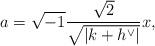
LaTeX: \begin{align*}a=\sqrt{-1}\frac{\sqrt{2}}{\sqrt{|k+h^\vee|}}x,\end{align*}